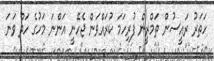
ހަތަރު ރައީސުން ތަމްރީން ފުރިހަމަ ކުރައްވަން ޖެހޭނީ އަންނަ މަހުގެ ހަތް ވަނަ